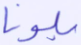
بلونا